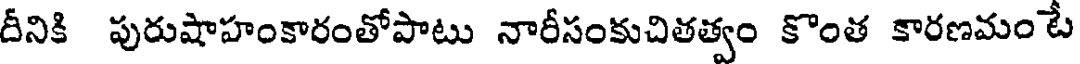
దీనికి పురుషాహంకారంతోపాటు నారీసంకుచితత్వం కొంత కారణమం టే